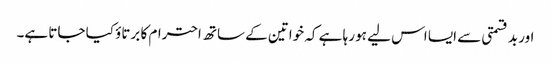
اور بد قسمتی سے ایسا اس لیے ہو رہا ہے کہ خواتین کے ساتھ احترام کا برتاؤ کیا جاتا ہے۔